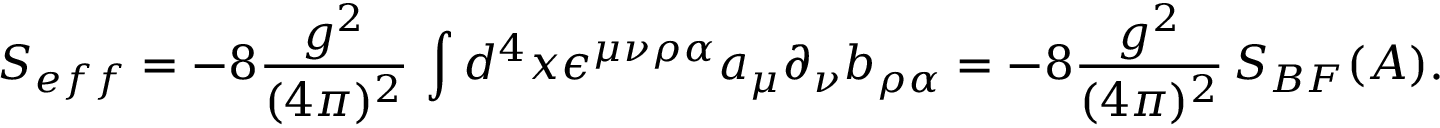
S _ { e f f } = - 8 \frac { g ^ { 2 } } { ( 4 \pi ) ^ { 2 } } \, \int d ^ { 4 } x \epsilon ^ { \mu \nu \rho \alpha } a _ { \mu } \partial _ { \nu } b _ { \rho \alpha } = - 8 \frac { g ^ { 2 } } { ( 4 \pi ) ^ { 2 } } \, { \cal S } _ { B F } ( { \cal A } ) .